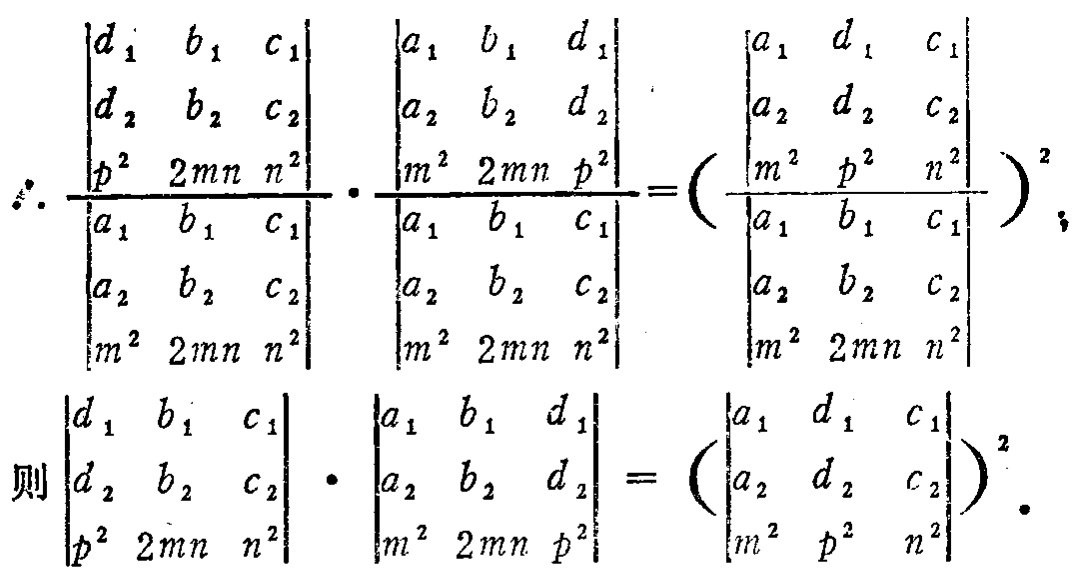
\[

\begin{align*}

&\therefore\frac{\begin{vmatrix}

d_1 & b_1 & c_1\\

d_2 & b_2 & c_2\\

p^2 & 2mn & n^2

\end{vmatrix}}{\begin{vmatrix}

a_1 & b_1 & c_1\\

a_2 & b_2 & c_2\\

m^2 & 2mn & n^2

\end{vmatrix}}\cdot\frac{\begin{vmatrix}

a_1 & b_1 & d_1\\

a_2 & b_2 & d_2\\

m^2 & 2mn & p^2

\end{vmatrix}}{\begin{vmatrix}

a_1 & b_1 & c_1\\

a_2 & b_2 & c_2\\

m^2 & 2mn & n^2

\end{vmatrix}}=\left(\frac{\begin{vmatrix}

a_1 & d_1 & c_1\\

a_2 & d_2 & c_2\\

m^2 & p^2 & n^2

\end{vmatrix}}{\begin{vmatrix}

a_1 & b_1 & c_1\\

a_2 & b_2 & c_2\\

m^2 & 2mn & n^2

\end{vmatrix}}\right)^2;\\

&则\frac{\begin{vmatrix}

d_1 & b_1 & c_1\\

d_2 & b_2 & c_2\\

p^2 & 2mn & n^2

\end{vmatrix}}{\begin{vmatrix}

a_1 & b_1 & c_1\\

a_2 & b_2 & c_2\\

m^2 & 2mn & n^2

\end{vmatrix}}\cdot\frac{\begin{vmatrix}

a_1 & b_1 & d_1\\

a_2 & b_2 & d_2\\

m^2 & 2mn & p^2

\end{vmatrix}}{\begin{vmatrix}

a_1 & b_1 & c_1\\

a_2 & b_2 & c_2\\

m^2 & 2mn & n^2

\end{vmatrix}}=\left(\frac{\begin{vmatrix}

a_1 & d_1 & c_1\\

a_2 & d_2 & c_2\\

m^2 & p^2 & n^2

\end{vmatrix}}{\begin{vmatrix}

a_1 & b_1 & c_1\\

a_2 & b_2 & c_2\\

m^2 & 2mn & n^2

\end{vmatrix}}\right)^2.

\end{align*}

\]